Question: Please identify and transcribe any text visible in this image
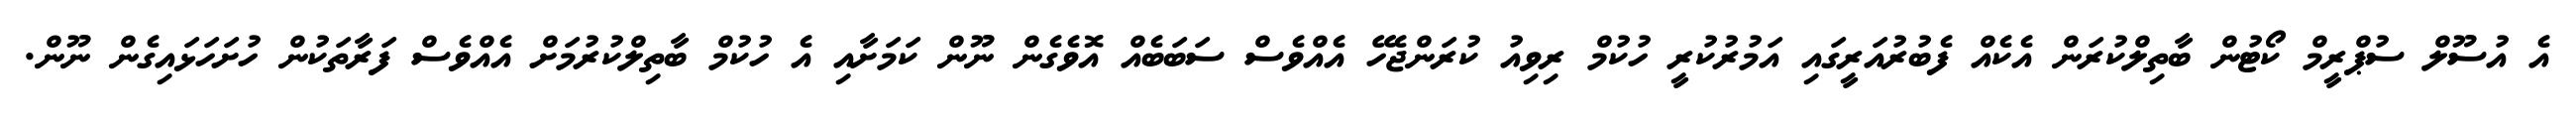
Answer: އެ އުސޫލް ސުޕްރީމް ކޯޓުން ބާތިލްކުރަން އެކެއް ފެބުރުއަރީގައި އަމުރުކުރީ ހުކުމް ރިވިއު ކުރަންޖެހޭ އެއްވެސް ސަބަބެއް އޮވެގެން ނޫން ކަމަށާއި އެ ހުކުމް ބާތިލްކުރުމަށް އެއްވެސް ފަރާތަކުން ހުށަހަޅައިގެން ނޫން.